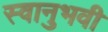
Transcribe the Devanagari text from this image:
स्वानुभवी